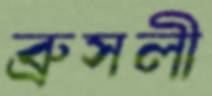
ব্রুসলী